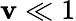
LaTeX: \mathbf{v}\ll1